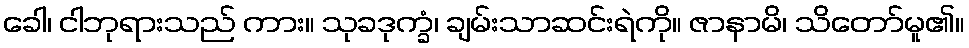
ခေါ၊ ငါဘုရားသည် ကား။ သုခဒုက္ခံ၊ ချမ်းသာဆင်းရဲကို။ ဇာနာမိ၊ သိတော်မူ၏။